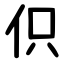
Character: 伿